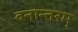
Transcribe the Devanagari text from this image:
वनान्तरम्